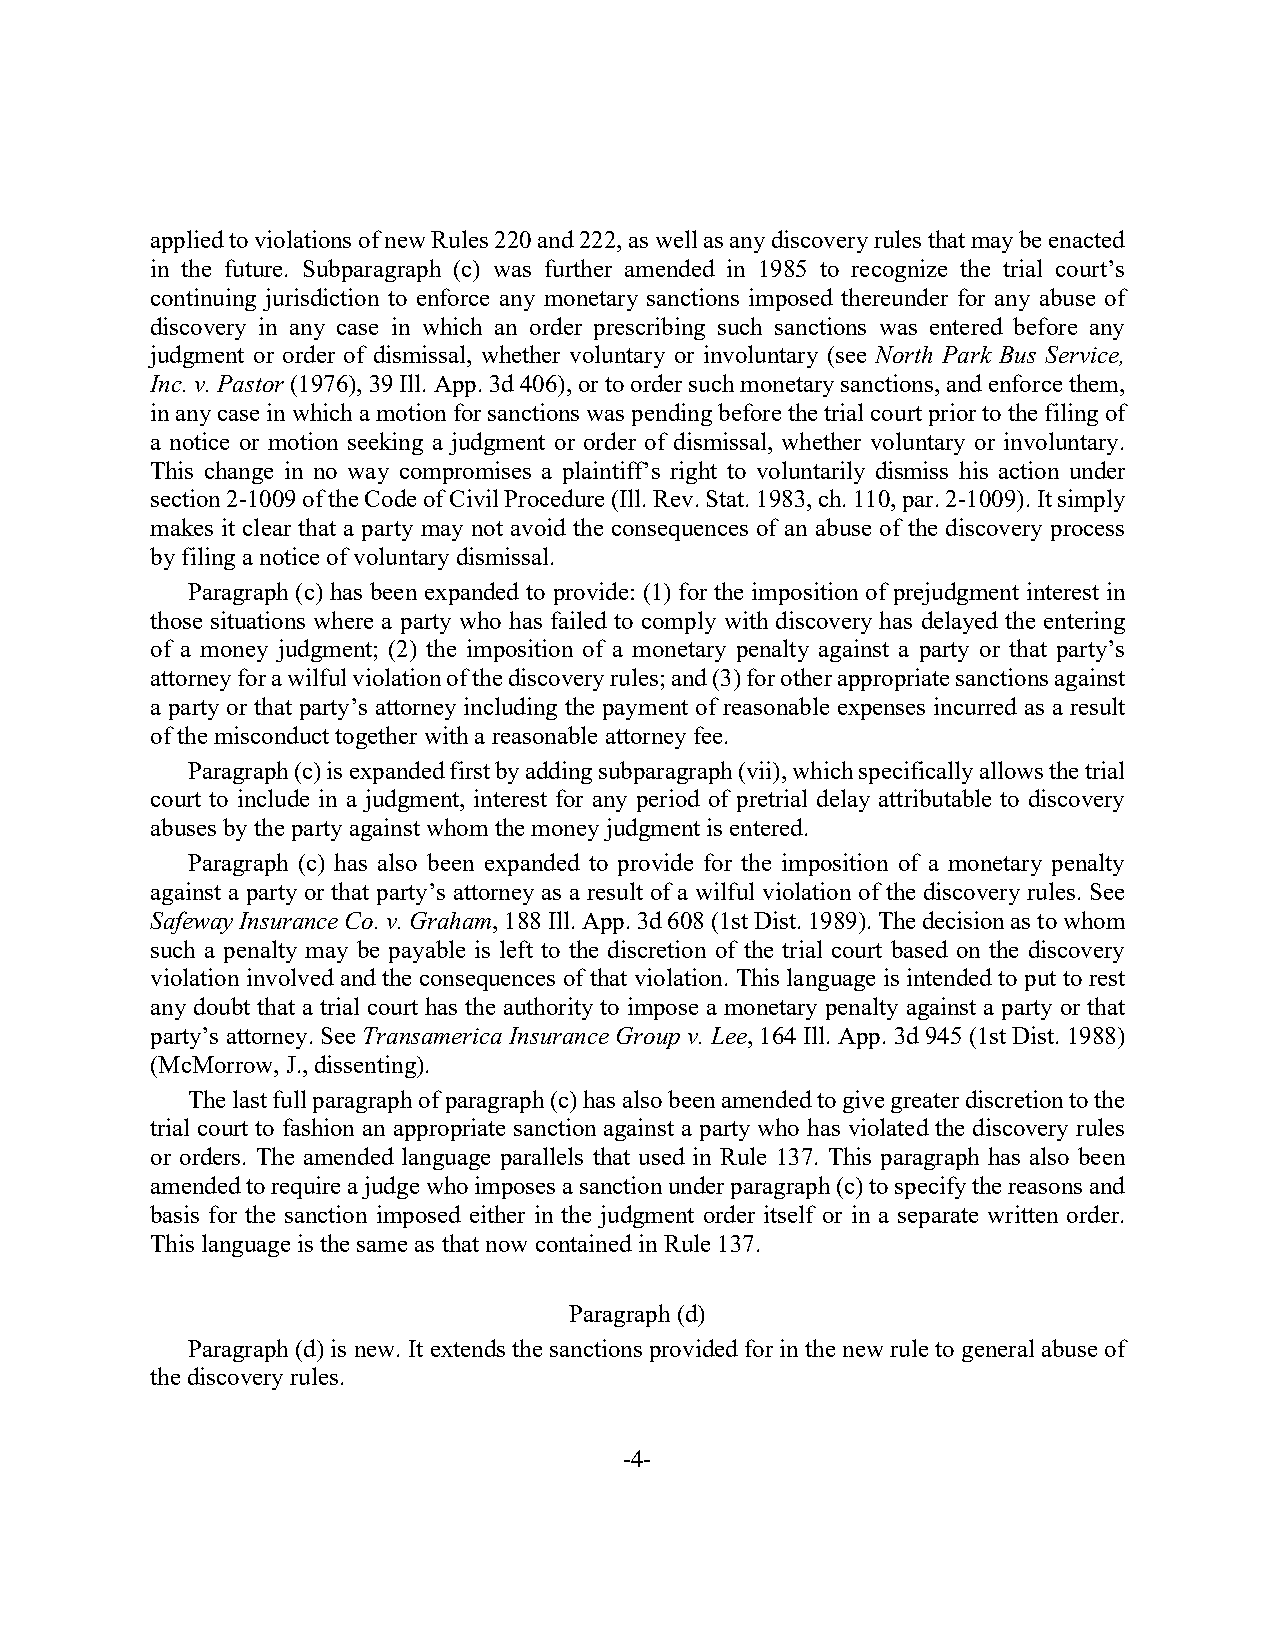
applied to violations of new Rules 220 and 222, as well as any discovery rules that may be enacted
 in the future. Subparagraph (c) was further amended in 1985 to recognize the trial court’s
 continuing jurisdiction to enforce any monetary sanctions imposed thereunder for any abuse of
 discovery in any case in which an order prescribing such sanctions was entered before any
 judgment or order of dismissal, whether voluntary or involuntary (see North Park Bus Service,
 Inc. v. Pastor (1976), 39 Ill. App. 3d 406), or to order such monetary sanctions, and enforce them,
 in any case in which a motion for sanctions was pending before the trial court prior to the filing of
 a notice or motion seeking a judgment or order of dismissal, whether voluntary or involuntary.
 This change in no way compromises a plaintiff’s right to voluntarily dismiss his action under
 section 2-1009 of the Code of Civil Procedure (Ill. Rev. Stat. 1983, ch. 110, par. 2-1009). It simply
 makes it clear that a party may not avoid the consequences of an abuse of the discovery process
 by filing a notice of voluntary dismissal.
 Paragraph (c) has been expanded to provide: (1) for the imposition of prejudgment interest in
 those situations where a party who has failed to comply with discovery has delayed the entering
 of a money judgment; (2) the imposition of a monetary penalty against a party or that party’s
 attorney for a wilful violation of the discovery rules; and (3) for other appropriate sanctions against
 a party or that party’s attorney including the payment of reasonable expenses incurred as a result
 of the misconduct together with a reasonable attorney fee.
 Paragraph (c) is expanded first by adding subparagraph (vii), which specifically allows the trial
 court to include in a judgment, interest for any period of pretrial delay attributable to discovery
 abuses by the party against whom the money judgment is entered.
 Paragraph (c) has also been expanded to provide for the imposition of a monetary penalty
 against a party or that party’s attorney as a result of a wilful violation of the discovery rules. See
 Safeway Insurance Co. v. Graham, 188 Ill. App. 3d 608 (1st Dist. 1989). The decision as to whom
 such a penalty may be payable is left to the discretion of the trial court based on the discovery
 violation involved and the consequences of that violation. This language is intended to put to rest
 any doubt that a trial court has the authority to impose a monetary penalty against a party or that
 party’s attorney. See Transamerica Insurance Group v. Lee, 164 Ill. App. 3d 945 (1st Dist. 1988)
 (McMorrow, J., dissenting).
 The last full paragraph of paragraph (c) has also been amended to give greater discretion to the
 trial court to fashion an appropriate sanction against a party who has violated the discovery rules
 or orders. The amended language parallels that used in Rule 137. This paragraph has also been
 amended to require a judge who imposes a sanction under paragraph (c) to specify the reasons and
 basis for the sanction imposed either in the judgment order itself or in a separate written order.
 This language is the same as that now contained in Rule 137.
 Paragraph (d)
 Paragraph (d) is new. It extends the sanctions provided for in the new rule to general abuse of
 the discovery rules.
 -4-